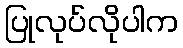
ပြုလုပ်လိုပါက